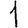
Digit: 1